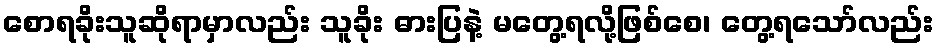
စောရခိုးသူဆိုရာမှာလည်း သူခိုး ဓားပြနဲ့ မတွေ့ရလို့ဖြစ်စေ၊ တွေ့ရသော်လည်း